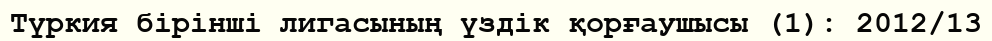
Түркия бірінші лигасының үздік қорғаушысы (1): 2012/13